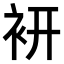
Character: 𧙧